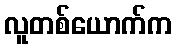
လူတစ်ယောက်က